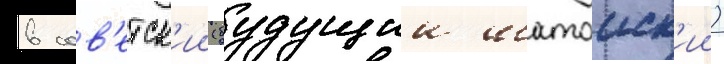
в сов'етск'ии (будущии шатоиск'ии)